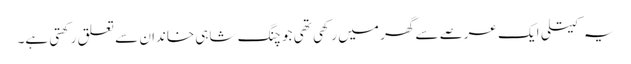
یہ کیتلی ایک عرصے سے گھر میں رکھی تھی جو چنگ شاہی خاندان سے تعلق رکھتی ہے۔